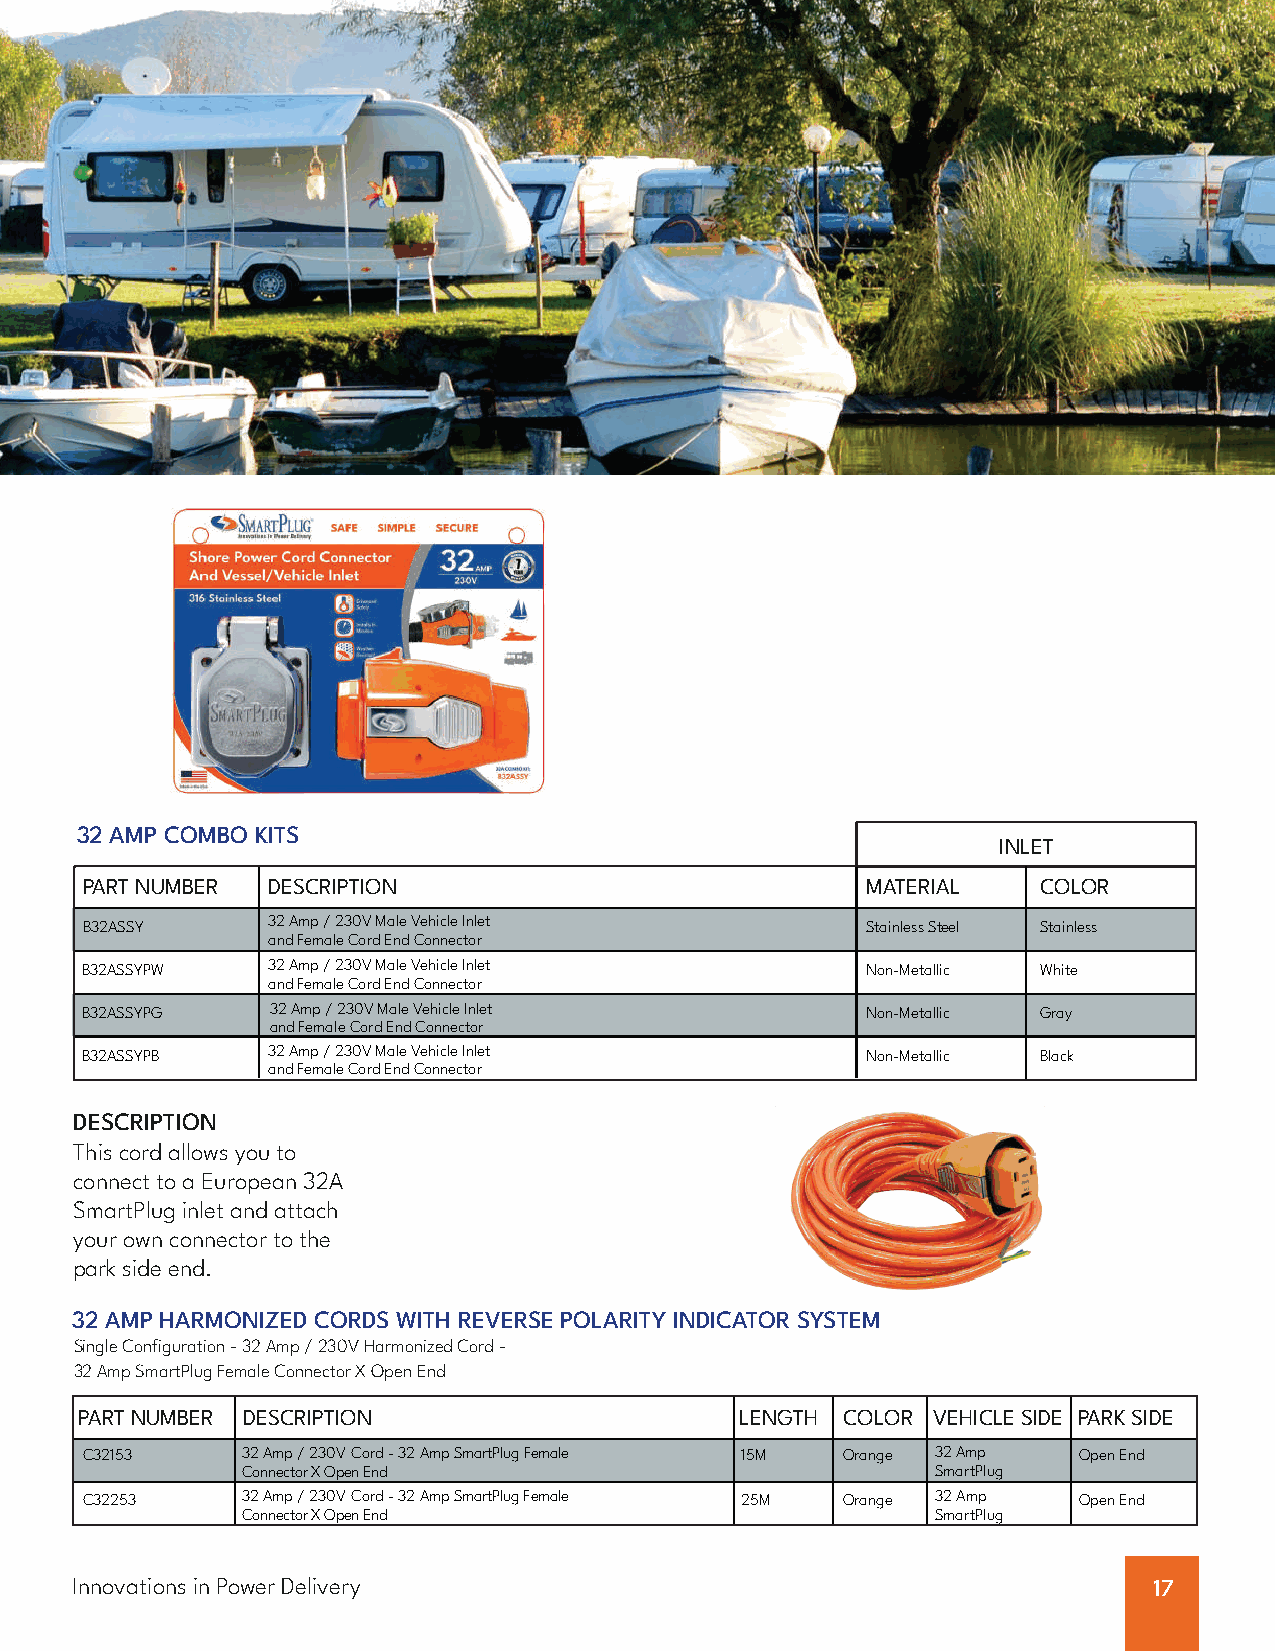
32 AMP COMBO KITS
 INLET
 PART NUMBER  DESCRIPTION                            MATERIAL    COLOR
 B32ASSY      32 Amp / 230V Male Vehicle Inlet       Stainless Steel Stainless
 and Female Cord End Connector
 B32ASSYPW    32 Amp / 230V Male Vehicle Inlet       Non-Metallic White
 and Female Cord End Connector
 B32ASSYPG    32 Amp / 230V Male Vehicle Inlet       Non-Metallic Gray
 and Female Cord End Connector
 B32ASSYPB    32 Amp / 230V Male Vehicle Inlet       Non-Metallic Black
 and Female Cord End Connector
 DESCRIPTION
 This cord allows you to
 connect to a European 32A
 SmartPlug inlet and attach
 your own connector to the
 park side end.
 32 AMP HARMONIZED CORDS WITH REVERSE POLARITY INDICATOR SYSTEM
 Single Configuration - 32 Amp / 230V Harmonized Cord -
 32 Amp SmartPlug Female Connector X Open End
 PART NUMBER DESCRIPTION                     LENGTH COLOR VEHICLE SIDE PARK SIDE
 C32153     32 Amp / 230V Cord - 32 Amp SmartPlug Female 15M Orange 32 Amp Open End
 Connector X Open End                          SmartPlug
 C32253     32 Amp / 230V Cord - 32 Amp SmartPlug Female 25M Orange 32 Amp Open End
 Connector X Open End                          SmartPlug
 Innovations in Power Delivery                                          17